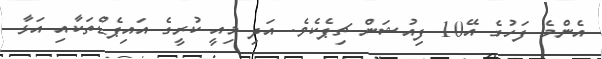
އެންމެ ފަހުގެ އޭ10 ފިއުޝަން ޗިޕެކެވެ. އަދި މިއީ ކުރީގެ އައިޕެޑްތަކާއި އަޅާ